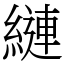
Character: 縺